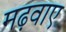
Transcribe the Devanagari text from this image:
मढ़वाए